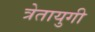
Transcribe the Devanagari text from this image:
त्रेतायुगी